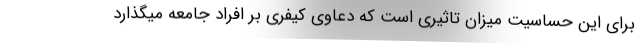
برای این حساسیت میزان تاثیری است که دعاوی کیفری بر افراد جامعه میگذارد